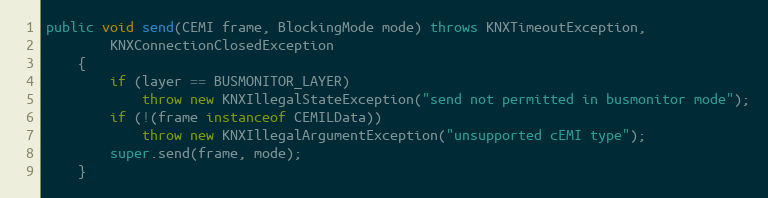
Language: Java
public void send(CEMI frame, BlockingMode mode) throws KNXTimeoutException,
		KNXConnectionClosedException
	{
		if (layer == BUSMONITOR_LAYER)
			throw new KNXIllegalStateException("send not permitted in busmonitor mode");
		if (!(frame instanceof CEMILData))
			throw new KNXIllegalArgumentException("unsupported cEMI type");
		super.send(frame, mode);
	}